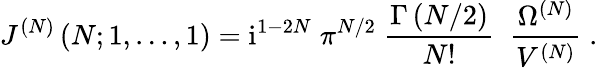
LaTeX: J^{(N)}\left(N;1,\ldots,1\right)=\mathrm{i}^{1-2N}\; \pi^{N/2}\; \frac{\Gamma\left(N/2\right)}{N!}\; \; \frac{\Omega^{(N)}}{V^{(N)}}\; .